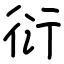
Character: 衍